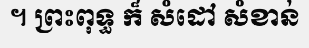
។ ព្រះពុទ្ធ ក៏ សំដៅ សំខាន់